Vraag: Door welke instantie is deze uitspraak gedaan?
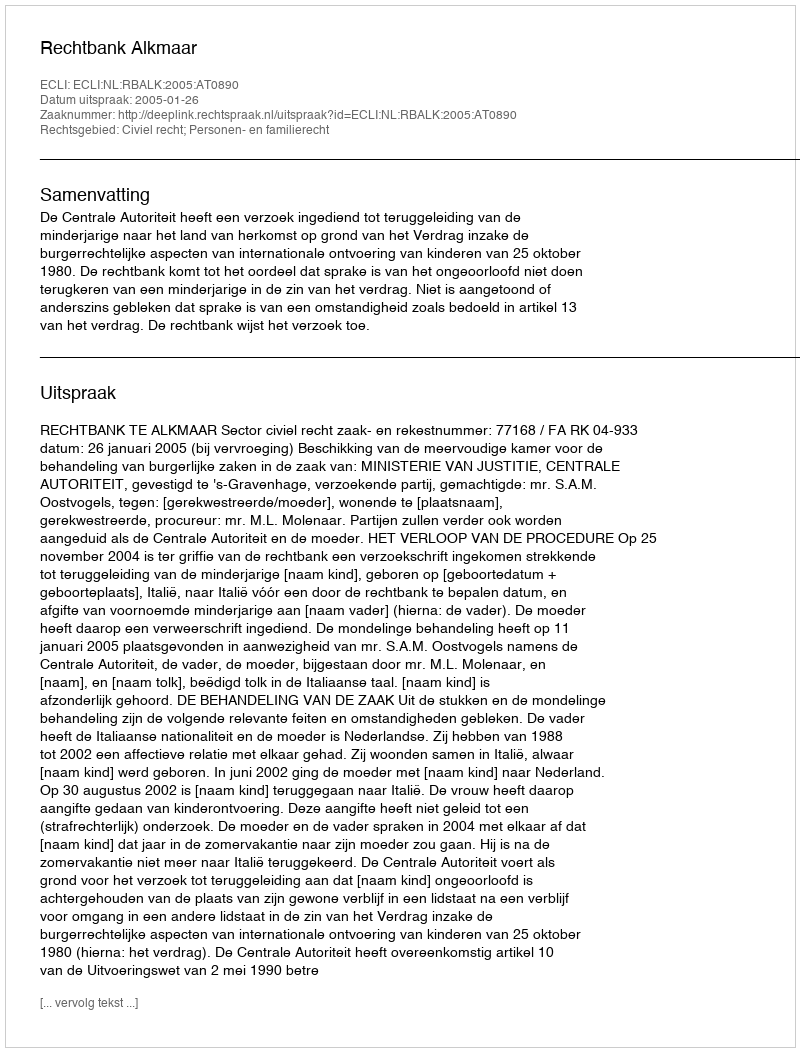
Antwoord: Rechtbank Alkmaar